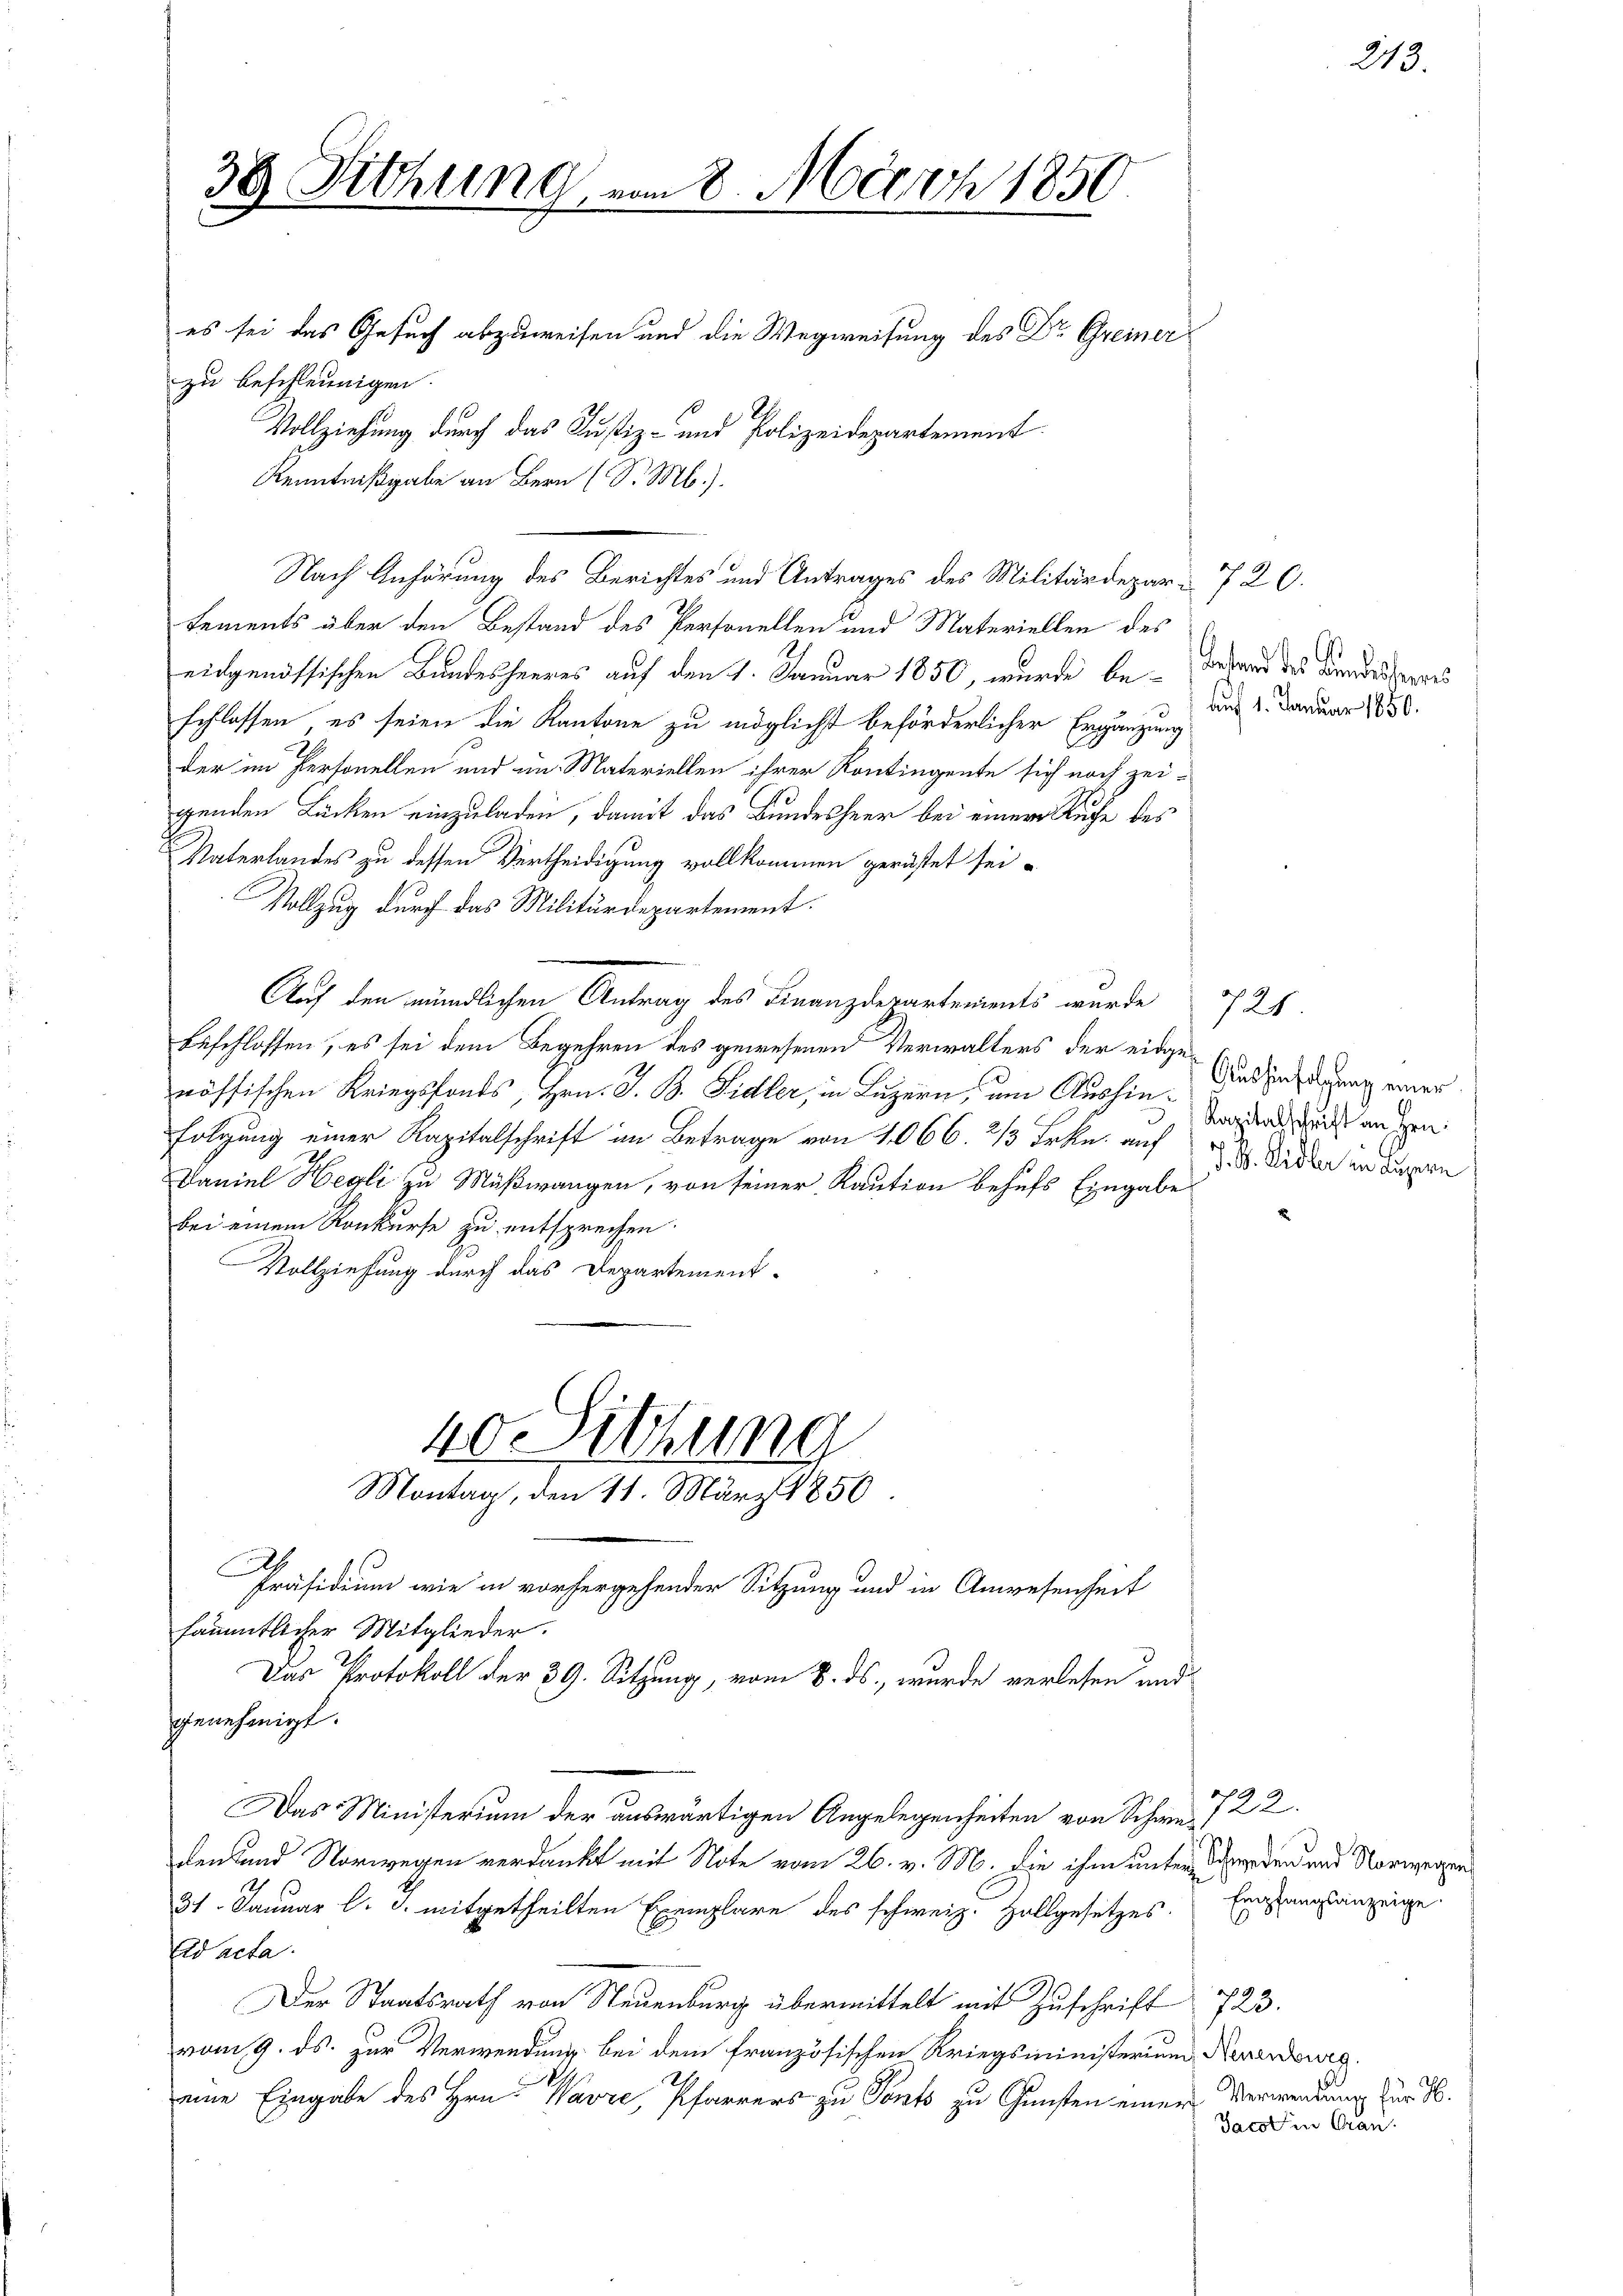
38 Sitzung, vom 8. März 1850.
u
es sei das Gesuch abzuweisen und die Wegweisung des Dr. Greiner
zu beschleunigen.
Vollziehung durch das Justiz- und Polizeidepartement
Kenntnißgabe an Bern (S. M.).

Lements über den Bestand des Personellen und Materiellen des
eidgenössischen Bundesheeres auf den 1. Januar 1850, wurde be- darand des Kindesserres
schlossen, es seien die Kantone zu möglichst beförderlicher Ergänzung
der im Pertonellen und im Materiellen ihrer Kontingente sich noch zei-
genden Lücken einzuladen, damit das Bundesheer bei einer Kuche des
Vaterlandes zu dessen Vertheidigung vollkommen gerüstet sei.
Vollzug durch das Militärdepartement.
Auf den mündlichen Antrag des Finanzdepartements wurde 725.
beschlossen, es sei dem Begehren des gewesenen Verwalters der eidgenössischen Kriegsfonds, Hrn. J. B. Sidler, in Luzern, um Aushinfolgung einer Kapitalschrift im Betrage von 1066 2/3 Frkn. auf den in angern
Daniel Hegli zu Mußwangen, von seiner Kaution behufs Eingabe
bei einem Konkurse zu entsprechen.
Vollziehung durch das Departement-

Nach Anhörung des Berichtes und Antrages des Militärdepar- 720.

40. Sitzung
Montag, den 11. März 1850

Präsidium wie in vorhergehender Sitzung und in Anwesenheit
sämmtlicher Mitglieder.
Das Protokoll der 39. Sitzung, vom 8. ds., wurde verlesen und
genehmigt.
Das Ministerium der auswärtigen Angelegenheiten von Schwe¬
2
31. Januar l. J. mitgetheilten Exemplare des schweiz. Zollgesetzes. Ernstungsanzeige
Ad acta
Der Staatsrath von Neuenburg übermittelt mit Zuschrift
vom 9. ds. zur Verwendung bei dem französischen Kriegsministerium Neuerdowig.
eine Eingabe des Hrn. Wavre, Pfarrers zu Ponts zu Gunsten einer

den und Vorwegen verdankt mit Note vom 26. v. M. die ihm unter Werden und Vorwegen¬

Auf 1. Januar 1850.

Aushinfolgung einer
Kapitalschrift an Hrn.

722.

723.
Verwendung für 16.
Jacot in Gran

213.